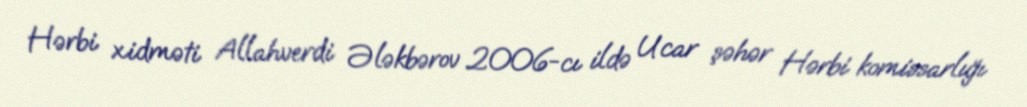
Hərbi xidməti Allahverdi Ələkbərov 2006-cı ildə Ucar şəhər Hərbi komissarlığı